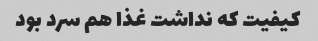
کیفیت که نداشت غذا هم سرد بود